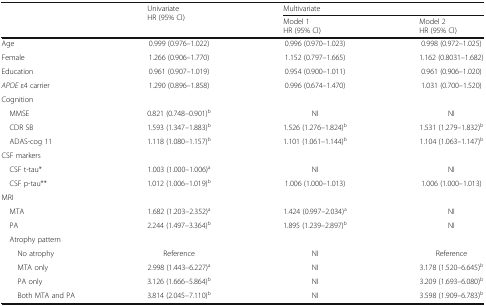
<table><thead><tr><td rowspan="2"></td><td rowspan="2"><b>UnivariateHR (95% Cl)</b></td><td colspan="2"><b>Multivariate</b></td></tr><tr><td><b>Model 1HR (95% Cl)</b></td><td><b>Model 2HR (95% Cl)</b></td></tr></thead><tbody><tr><td>Age</td><td>0.999 (0.976–1.022)</td><td>0.996 (0.970–1.023)</td><td>0.998 (0.972–1.025)</td></tr><tr><td>Female</td><td>1.266 (0.906–1.770)</td><td>1.152 (0.797–1.665)</td><td>1.162 (0.8031–1.682)</td></tr><tr><td>Education</td><td>0.961 (0.907–1.019)</td><td>0.954 (0.900–1.011)</td><td>0.961 (0.906–1.020)</td></tr><tr><td><i>APOE</i> ε4 carrier</td><td>1.290 (0.896–1.858)</td><td>0.996 (0.674–1.470)</td><td>1.031 (0.700–1.520)</td></tr><tr><td colspan="4">Cognition</td></tr><tr><td> MMSE</td><td>0.821 (0.748–0.901)<sup>b</sup></td><td>NI</td><td>NI</td></tr><tr><td> CDR SB</td><td>1.593 (1.347–1.883)<sup>b</sup></td><td>1.526 (1.276–1.824)<sup>b</sup></td><td>1.531 (1.279–1.832)<sup>b</sup></td></tr><tr><td> ADAS-cog 11</td><td>1.118 (1.080–1.157)<sup>b</sup></td><td>1.101 (1.061–1.144)<sup>b</sup></td><td>1.104 (1.063–1.147)<sup>b</sup></td></tr><tr><td colspan="4">CSF markers</td></tr><tr><td> CSF t-tau*</td><td>1.003 (1.000–1.006)<sup>a</sup></td><td>NI</td><td>NI</td></tr><tr><td> CSF p-tau**</td><td>1.012 (1.006–1.019)<sup>b</sup></td><td>1.006 (1.000–1.013)</td><td>1.006 (1.000–1.013)</td></tr><tr><td colspan="4">MRI</td></tr><tr><td> MTA</td><td>1.682 (1.203–2.352)<sup>a</sup></td><td>1.424 (0.997–2.034)<sup>a</sup></td><td>NI</td></tr><tr><td> PA</td><td>2.244 (1.497–3.364)<sup>b</sup></td><td>1.895 (1.239–2.897)<sup>b</sup></td><td>NI</td></tr><tr><td colspan="4"> Atrophy pattern</td></tr><tr><td>No atrophy</td><td>Reference</td><td>NI</td><td>Reference</td></tr><tr><td>MTA only</td><td>2.998 (1.443–6.227)<sup>a</sup></td><td>NI</td><td>3.178 (1.520–6.645)<sup>b</sup></td></tr><tr><td>PA only</td><td>3.126 (1.666–5.864)<sup>b</sup></td><td>NI</td><td>3.209 (1.693–6.080)<sup>b</sup></td></tr><tr><td>Both MTA and PA</td><td>3.814 (2.045–7.110)<sup>b</sup></td><td>NI</td><td>3.598 (1.909–6.783)<sup>b</sup></td></tr></tbody></table>